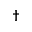
^ { \dag }